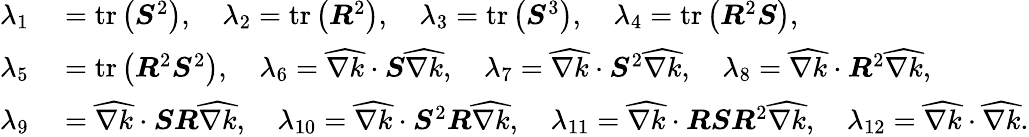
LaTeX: \begin{array}{rl}{\lambda_{1}}&{{}=\operatorname{tr}\left(\boldsymbol{S}^{2}\right),\quad\lambda_{2}=\operatorname{tr}\left(\boldsymbol{R}^{2}\right),\quad\lambda_{3}=\operatorname{tr}\left(\boldsymbol{S}^{3}\right),\quad\lambda_{4}=\operatorname{tr}\left(\boldsymbol{R}^{2}\boldsymbol{S}\right),}\\ {\lambda_{5}}&{{}=\operatorname{tr}\left(\boldsymbol{R}^{2}\boldsymbol{S}^{2}\right),\quad\lambda_{6}=\widehat{\nabla k}\cdot\boldsymbol{S}\widehat{\nabla k},\quad\lambda_{7}=\widehat{\nabla k}\cdot\boldsymbol{S}^{2}\widehat{\nabla k},\quad\lambda_{8}=\widehat{\nabla k}\cdot\boldsymbol{R}^{2}\widehat{\nabla k},}\\ {\lambda_{9}}&{{}=\widehat{\nabla k}\cdot\boldsymbol{S}\boldsymbol{R}\widehat{\nabla k},\quad\lambda_{10}=\widehat{\nabla k}\cdot\boldsymbol{S}^{2}\boldsymbol{R}\widehat{\nabla k},\quad\lambda_{11}=\widehat{\nabla k}\cdot\boldsymbol{R}\boldsymbol{S}\boldsymbol{R}^{2}\widehat{\nabla k},\quad\lambda_{12}=\widehat{\nabla k}\cdot\widehat{\nabla k}.}\end{array}